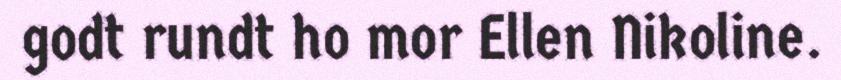
godt rundt ho mor Ellen Nikoline.